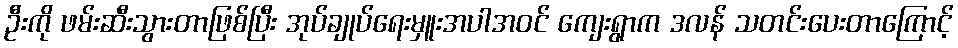
ဦးကို ဖမ်းဆီးသွားတာဖြစ်ပြီး အုပ်ချုပ်ရေးမှူးအပါအဝင် ကျေးရွာက ဒလန် သတင်းပေးတာကြောင့်